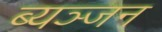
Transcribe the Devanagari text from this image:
ब्यञ्जन